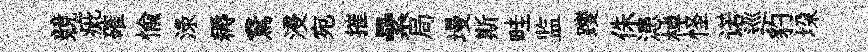
競疵確愉渌耨鵞浸宛摧纍局墁斯畦监躞侏漶棹怪诺巡豹垜